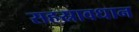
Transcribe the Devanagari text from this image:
सहस्रावधान